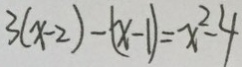
3 ( x - 2 ) - ( x - 1 ) = x ^ { 2 } - 4